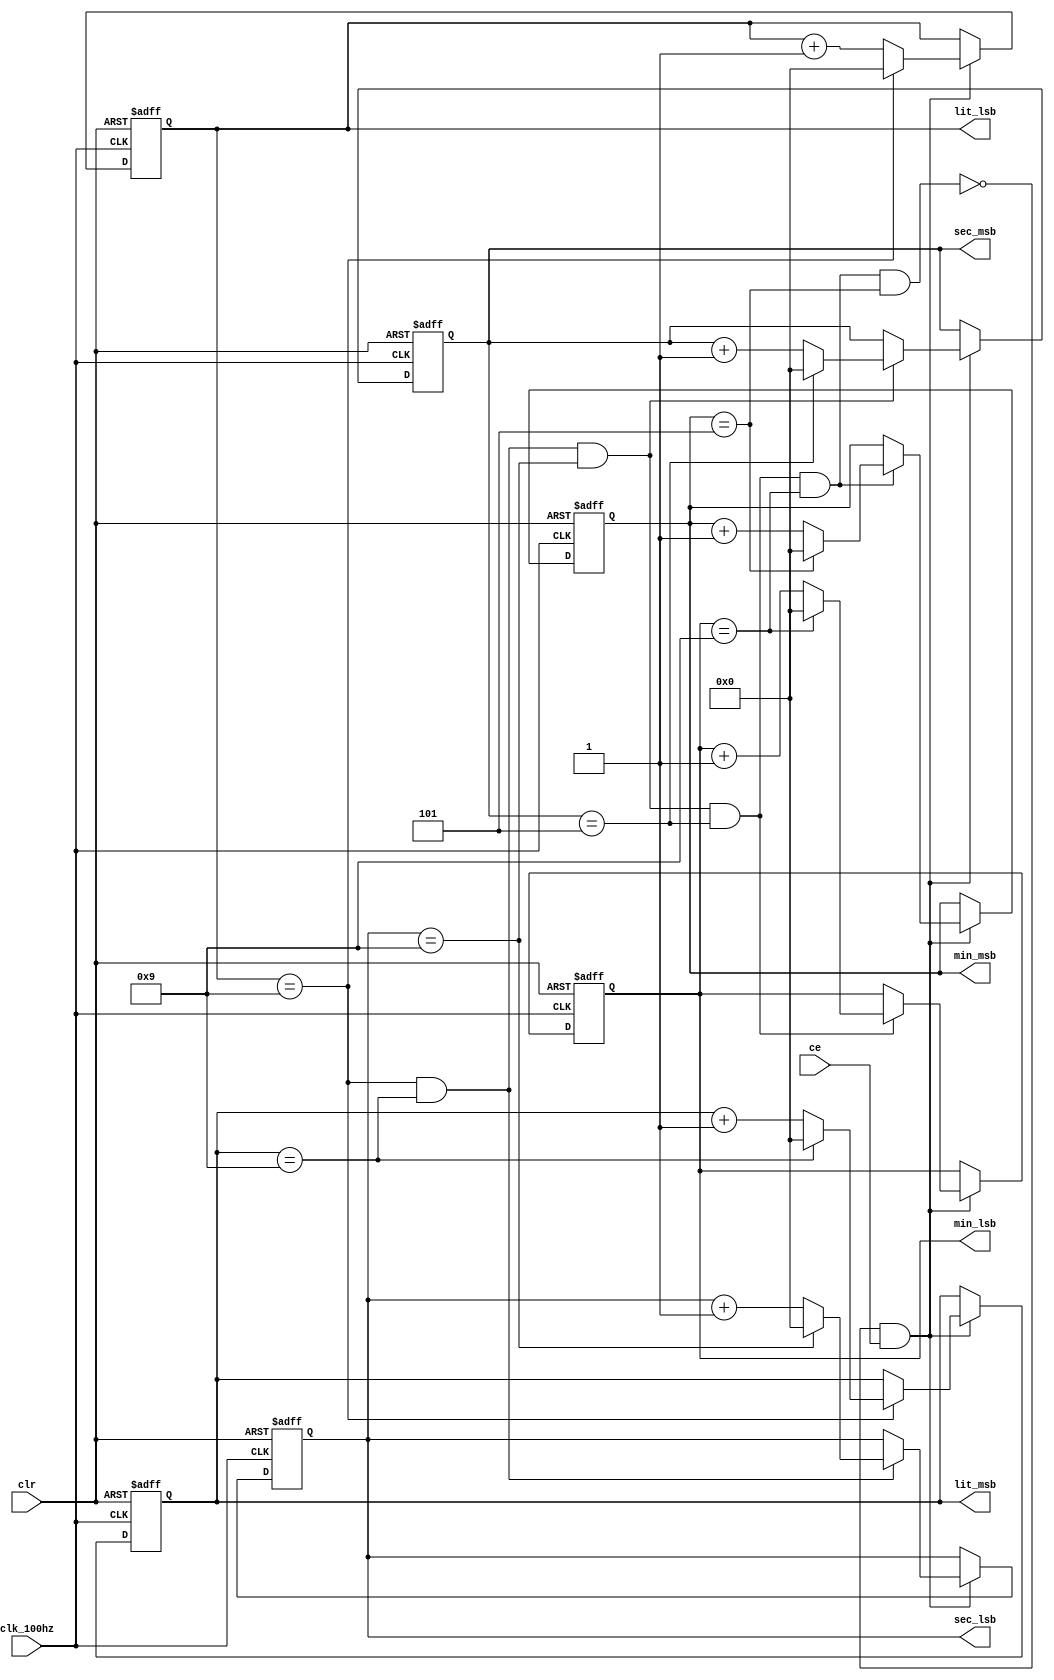
module time_cnt(
   input ce, 
   input clk_100hz, 
   input clr, 
   output [3:0] lit_lsb, 
   output [3:0] lit_msb, 
   output [3:0] sec_lsb, 
   output [3:0] sec_msb, 
   output [3:0] min_lsb, 
   output [3:0] min_msb);
  reg [3:0] lit_lsb_cnt;
  reg [3:0] lit_msb_cnt;
  reg [3:0] sec_lsb_cnt;
  reg [3:0] sec_msb_cnt;
  reg [3:0] min_lsb_cnt;
  reg [3:0] min_msb_cnt;
  wire up; 
  assign up = 1; 
  wire enable, tc_1up, tc_2up, tc_3up, tc_4up, tc_5up;
  wire tc_1dn, tc_2dn, tc_3dn, tc_4dn, tc_5dn; 
  assign tc_1up = (up && (lit_lsb_cnt == 4'd9));
  assign tc_2up = (up && (lit_msb_cnt == 4'd9));
  assign tc_3up = (up && (sec_lsb_cnt == 4'd9));
  assign tc_4up = (up && (sec_msb_cnt == 4'd5));
  assign tc_5up = (up && (min_lsb_cnt == 4'd9));
  assign tc_6up = (up && (min_msb_cnt == 4'd5));
  assign enable = ~(tc_1up && tc_2up && tc_3up && tc_4up && tc_5up && tc_6up)&& ce; 
  always @(posedge clk_100hz or posedge clr)  
  begin
    if (clr)
      lit_lsb_cnt <= 0;
    else if (enable) 
       if (up)  
          if (lit_lsb_cnt == 4'd9)
                 lit_lsb_cnt <= 4'd0;
             else lit_lsb_cnt <= lit_lsb_cnt + 1;
  end 
  always @(posedge clk_100hz or posedge clr)  
  begin
    if (clr)
      lit_msb_cnt <= 0;
    else if (enable)
       if (tc_1up)
          if (lit_msb_cnt == 4'd9)
                 lit_msb_cnt <= 4'd0;
             else lit_msb_cnt <= lit_msb_cnt + 1;
  end 
  always @(posedge clk_100hz or posedge clr)  
  begin
    if (clr)
      sec_lsb_cnt <= 0;
    else if (enable)
       if (tc_1up && tc_2up) 
          if (sec_lsb_cnt == 4'd9)
                 sec_lsb_cnt <= 4'd0;
             else sec_lsb_cnt <= sec_lsb_cnt + 1;
  end 
  always @(posedge clk_100hz or posedge clr)  
  begin
    if (clr)
      sec_msb_cnt <= 0;
    else if (enable)
       if (tc_1up && tc_2up && tc_3up) 
          if (sec_msb_cnt == 4'd5)
                 sec_msb_cnt <= 4'd0;
             else sec_msb_cnt <= sec_msb_cnt + 1;
  end 
  always @(posedge clk_100hz or posedge clr)  
  begin
    if (clr)
      min_lsb_cnt <= 0;
    else if (enable)
       if (tc_1up && tc_2up && tc_3up && tc_4up) 
          if (min_lsb_cnt == 4'd9)
                 min_lsb_cnt <= 4'd0;
             else min_lsb_cnt <= min_lsb_cnt + 1;
  end 
  always @(posedge clk_100hz or posedge clr)  
  begin
    if (clr)
      min_msb_cnt <= 0;
    else if (enable)
       if (tc_1up && tc_2up && tc_3up && tc_4up && tc_5up) 
          if (min_msb_cnt == 4'd5)
                 min_msb_cnt <= 4'd0;
             else min_msb_cnt <= min_msb_cnt + 1;
  end 
  assign lit_lsb = lit_lsb_cnt;
  assign lit_msb = lit_msb_cnt;
  assign sec_lsb = sec_lsb_cnt;
  assign sec_msb = sec_msb_cnt; 
  assign min_lsb = min_lsb_cnt;
  assign min_msb = min_msb_cnt;
endmodule